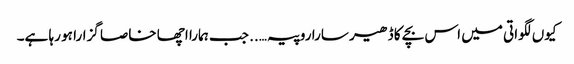
کیوں لگواتی میں اس بچے کا ڈھیر سارا روپیہ….. جب ہمارا اچھا خاصا گزارا ہو رہا ہے۔